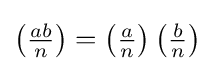
\left({\tfrac {ab}{n}}\right)=\left({\tfrac {a}{n}}\right)\left({\tfrac {b}{n}}\right)